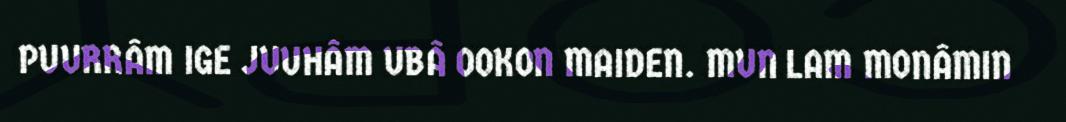
PUURRÂM IGE JUUHÂM UBÂ OOKON MAIDEN. MUN LAM MONÂMIN